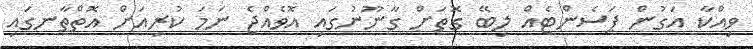
ވިއްކާ އަގުން ޕަސެންޓެއް ލިބޭ ގޮތަށް ގާނޫނުގައި އޮވެއްޖެ ނަމަ ކުރިއަށް އޮތްތާނގައި